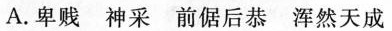
A.卑贱 神采 前倨后恭 浑然天成